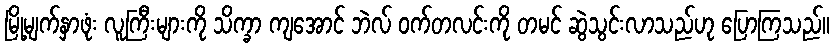
မြို့မျက်နှာဖုံး လူကြီးများကို သိက္ခာ ကျအောင် ဘဲလ် ဝက်တလင်းကို တမင် ဆွဲသွင်းလာသည်ဟု ပြောကြသည်။